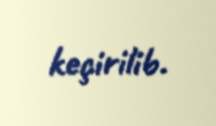
keçirilib.